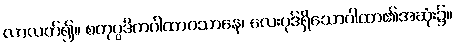
လာလတ်၍။ စတုပ္ပဒိကဂါထာဝသာနေ၊ လေးပုဒ်ရှိသောဂါထာ၏အဆုံး၌။